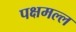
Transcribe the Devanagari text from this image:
पक्षमल्ल